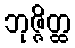
ဘုဇ္ဇိတ္ထ